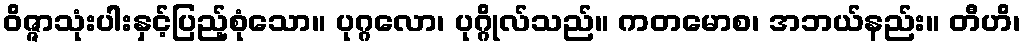
ဝိဇ္ဇာသုံးပါးနှင့်ပြည့်စုံသော။ ပုဂ္ဂလော၊ ပုဂ္ဂိုလ်သည်။ ကတမောစ၊ အဘယ်နည်း။ တီဟိ၊